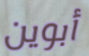
أبوين